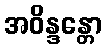
အဝိန္ဒန္တော